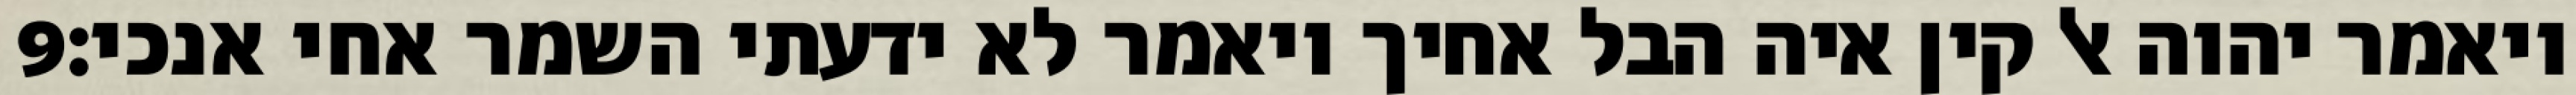
‎9‏ ויאמר יהוה אל קין איה הבל אחיך ויאמר לא ידעתי השמר אחי אנכי׃